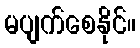
မပျက်စေနိုင်။